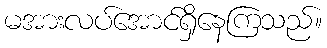
မအားလပ်အောင်ရှိနေကြသည်။